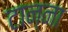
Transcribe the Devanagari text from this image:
टान्ना